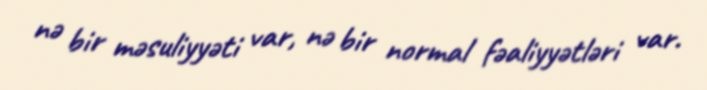
nə bir məsuliyyəti var, nə bir normal fəaliyyətləri var.